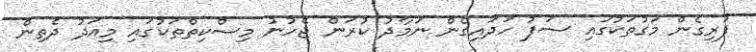
ފުރިގެން މަގުތަކުގައި ސަފު ހަދައިގެން ނަމާދު ކުރަން ޖެހުނު މިސްކިތްތަކުގައި މިއަދު ދެތިން